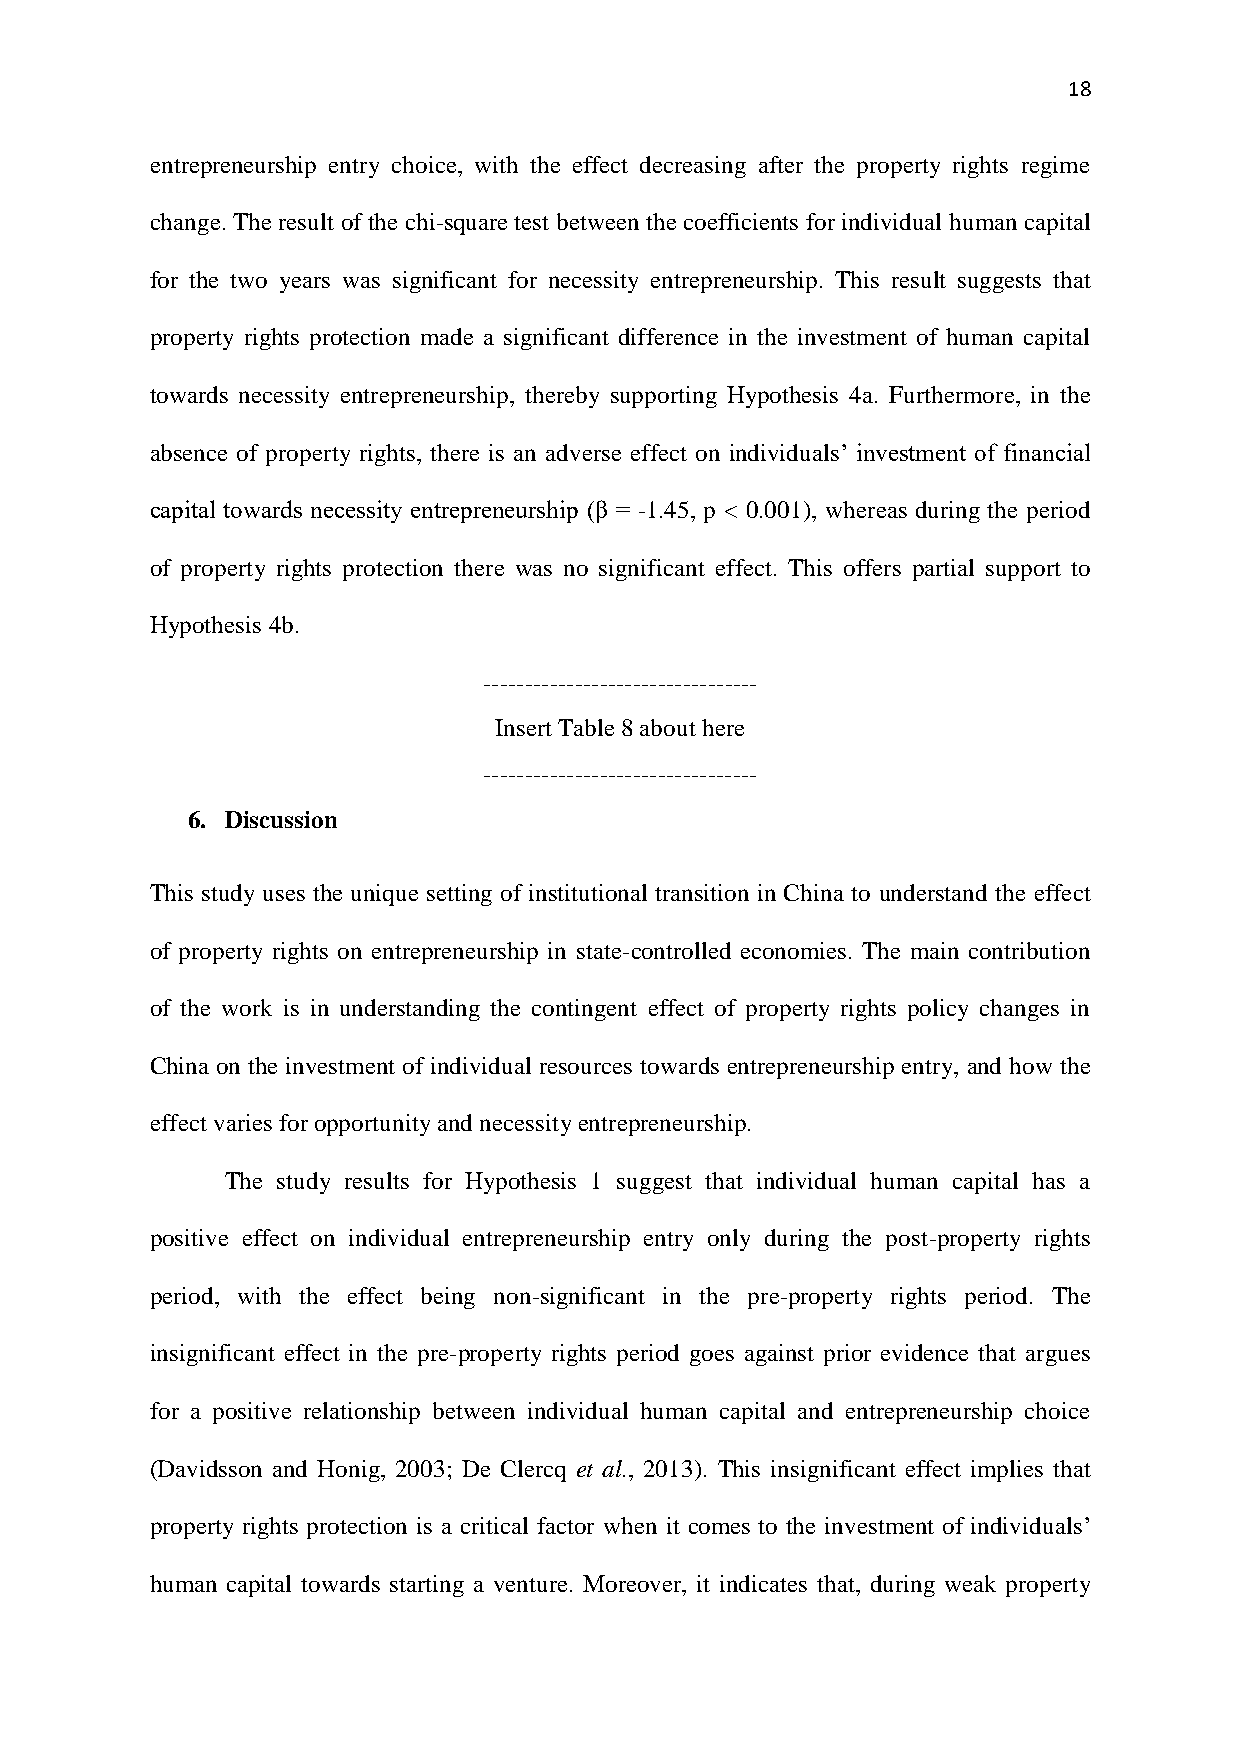
18
 entrepreneurship entry choice, with the effect decreasing after the property rights regime
 change. The result of the chi-square test between the coefficients for individual human capital
 for the two years was significant for necessity entrepreneurship. This result suggests that
 property rights protection made a significant difference in the investment of human capital
 towards necessity entrepreneurship, thereby supporting Hypothesis 4a. Furthermore, in the
 absence of property rights, there is an adverse effect on individuals’ investment of financial
 capital towards necessity entrepreneurship (β = -1.45, p < 0.001), whereas during the period
 of property rights protection there was no significant effect. This offers partial support to
 Hypothesis 4b.
 ---------------------------------
 Insert Table 8 about here
 ---------------------------------
 6. Discussion
 This study uses the unique setting of institutional transition in China to understand the effect
 of property rights on entrepreneurship in state-controlled economies. The main contribution
 of the work is in understanding the contingent effect of property rights policy changes in
 China on the investment of individual resources towards entrepreneurship entry, and how the
 effect varies for opportunity and necessity entrepreneurship.
 The study results for Hypothesis 1 suggest that individual human capital has a
 positive effect on individual entrepreneurship entry only during the post-property rights
 period, with the effect being non-significant in the pre-property rights period. The
 insignificant effect in the pre-property rights period goes against prior evidence that argues
 for a positive relationship between individual human capital and entrepreneurship choice
 (Davidsson and Honig, 2003; De Clercq et al., 2013). This insignificant effect implies that
 property rights protection is a critical factor when it comes to the investment of individuals’
 human capital towards starting a venture. Moreover, it indicates that, during weak property